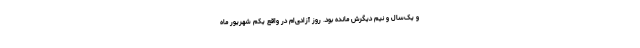
و یک‌سال و نیم دیگرش مانده بود. روز آزادی‌ام در واقع یکم شهریور ماه